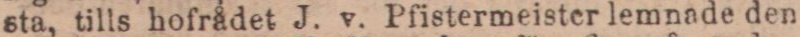
sta, tills hofrådet J. v. Pfistermeister lemnade den